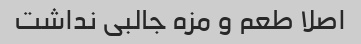
اصلا طعم و مزه جالبی نداشت